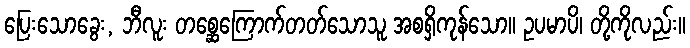
ပြေးသောခွေး, ဘီလူး တစ္ဆေကြောက်တတ်သောသူ အစရှိကုန်သော။ ဥပမာပိ၊ တို့ကိုလည်း။